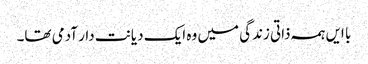
با ایں ہمہ ذاتی زندگی میں وہ ایک دیانت دار آدمی تھا۔